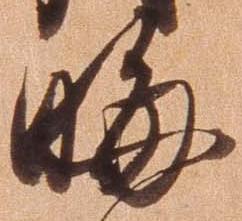
晦